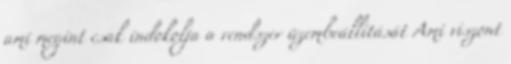
ami megint csak indokolja a rendszer üzembeállítását Ami viszont